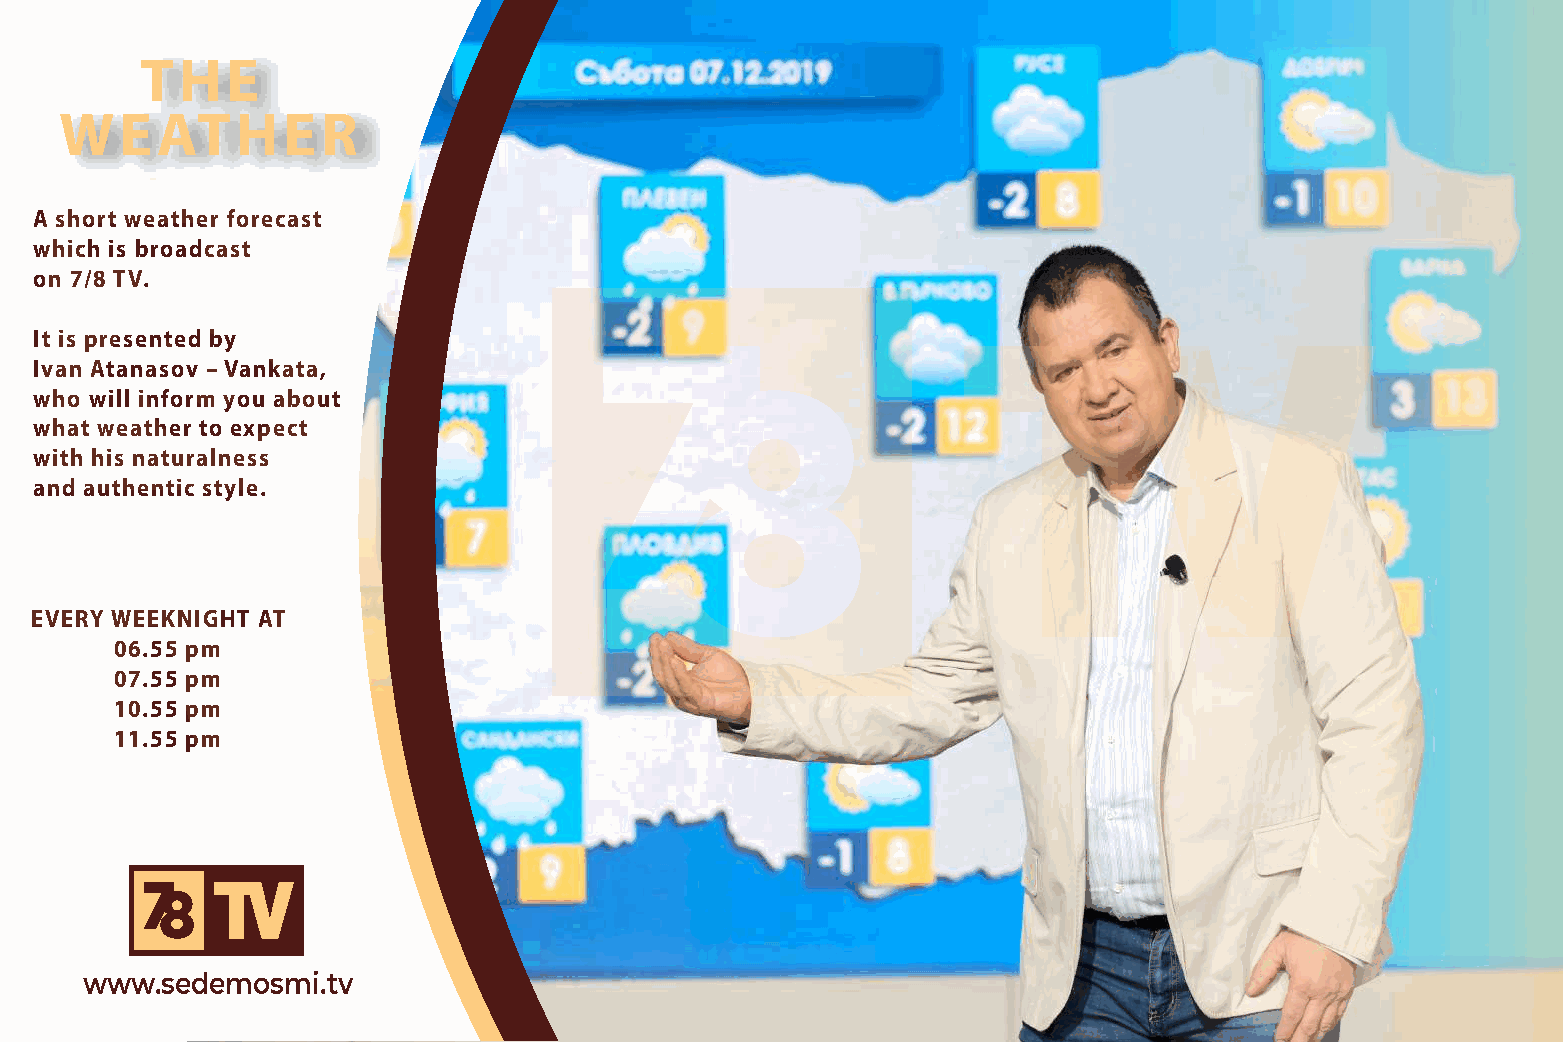
THE
 WEATHER
 A short weather forecast
 which is broadcast
 on 7/8 TV.
 It is presented by
 Ivan Atanasov – Vankata,
 who will inform you about
 what weather to expect
 with his naturalness
 and authentic style.
 EVERY WEEKNIGHT AT
 06.55 pm
 07.55 pm
 10.55 pm
 11.55 pm
 www.sedemosmi.tv